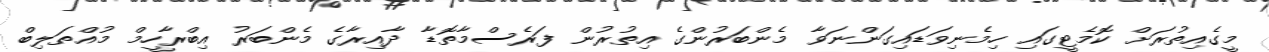
މީގެއިތުރަށް ކޮމެޓީގައި ހިމެނިވަޑައިގަންނަވާ މެންބަރުންގެ އިތުރުން ފަރެސްމާތޮޑާ ދާއިރާގެ މެންބަރު އިބްރާހީމް މުއްތަލިބް